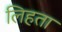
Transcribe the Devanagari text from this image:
लिहता